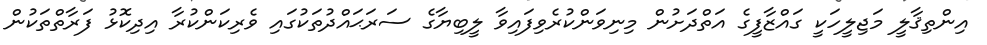
އިންތިޤާލީ މަޖިލީހަކީ ގައްޒާފީގެ އަތްދަށުން މިނިވަންކުރެވިފައިވާ ލީބިޔާގެ ސަރަޙައްދުތަކުގައި ވެރިކަންކުރާ އިދިކޮޅު ފަރާތްތަކުން